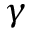
\gamma